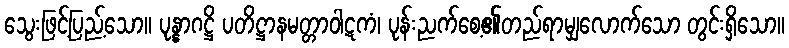
သွေးဖြင့်ပြည့်သော။ ပုန္နာဂဋ္ဌိ ပတိဋ္ဌာနမတ္တာဝါဋကံ၊ ပုန်းညက်စေ့၏တည်ရာမျှလောက်သော တွင်းရှိသော။